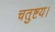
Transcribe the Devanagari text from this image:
चतुष्टय।